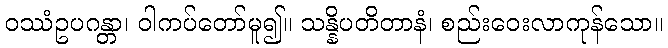
ဝဿံဥပဂန္တာ၊ ဝါကပ်တော်မူ၍။ သန္နိပတိတာနံ၊ စည်းဝေးလာကုန်သော။